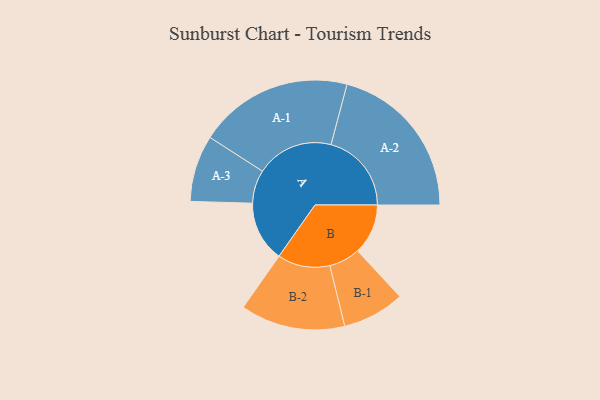
{"axis": {"x": "Segment", "y": "Value"}, "legend": ["", "A", "B"], "data": [{"x": "A", "y": 222, "type": ""}, {"x": "B", "y": 185, "type": ""}, {"x": "A-1", "y": 283, "type": "A"}, {"x": "A-2", "y": 295, "type": "A"}, {"x": "A-3", "y": 122, "type": "A"}, {"x": "B-1", "y": 114, "type": "B"}, {"x": "B-2", "y": 192, "type": "B"}]}